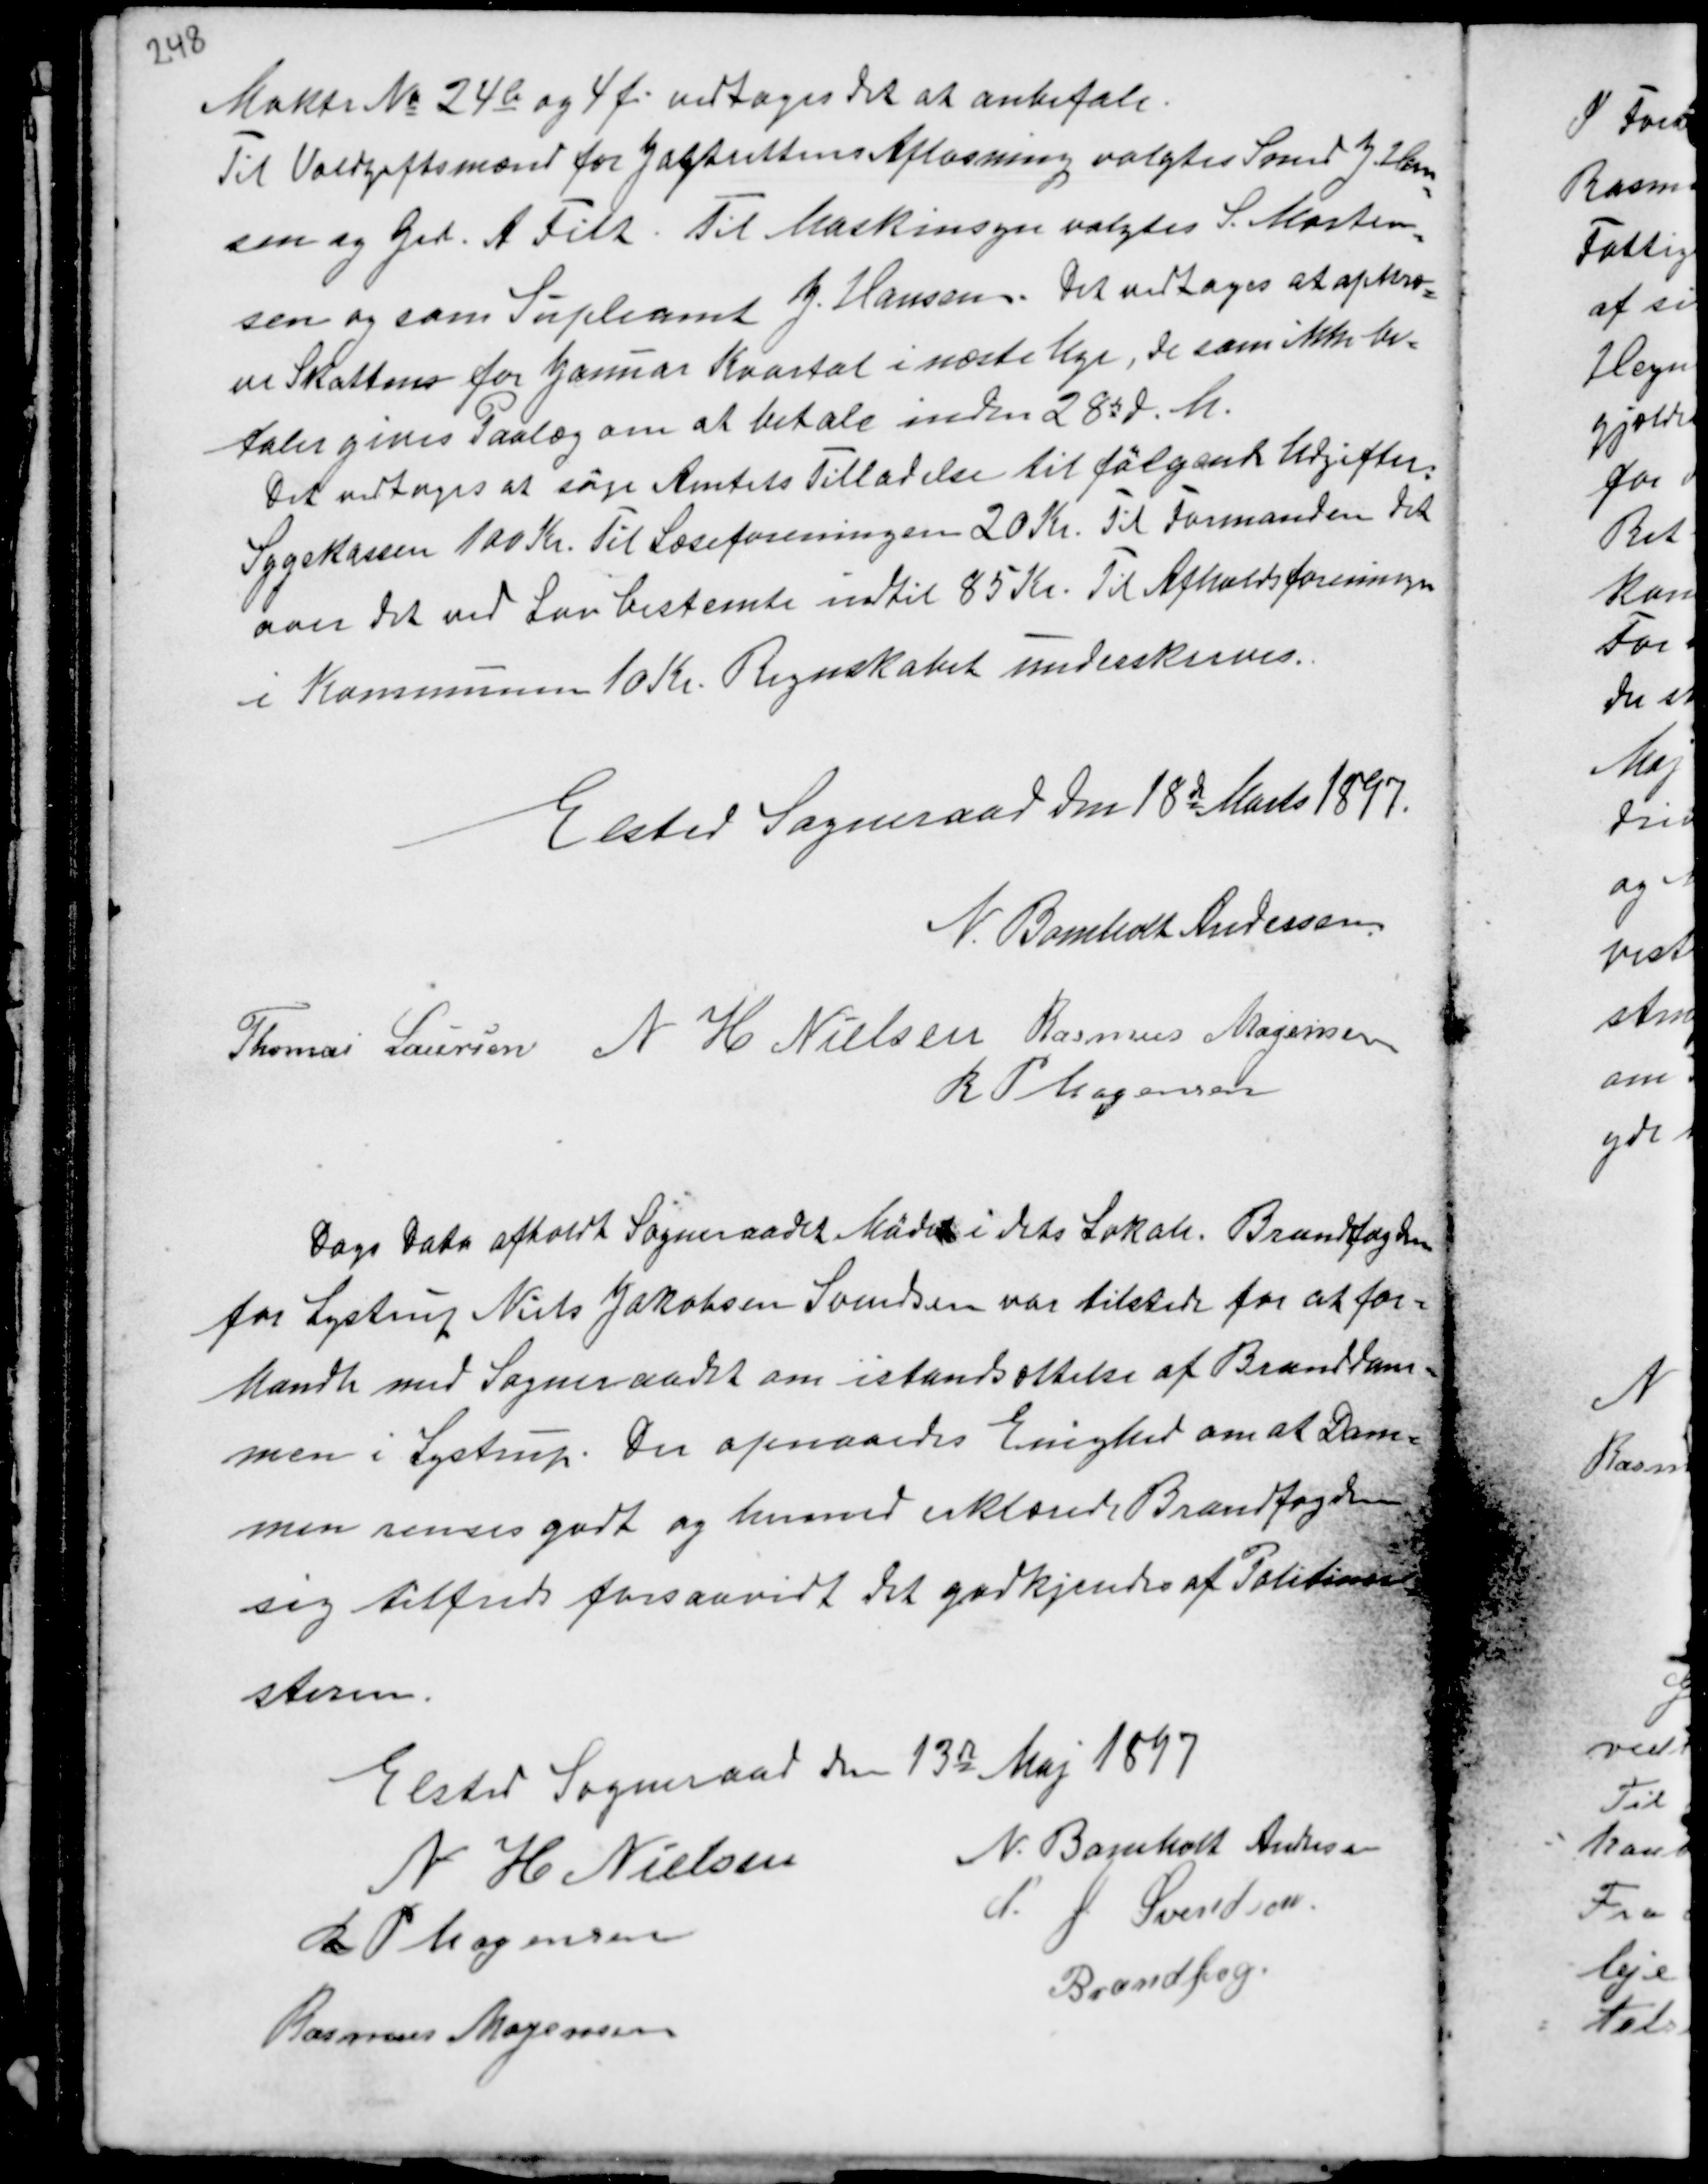
Transskription:
Maktr No 24b og 4f vedtoges det at anbefale.
Til Voldgiftsmand for Jagtrettens Aflastning valgtes Smed J. Han-
sen og Gdr. A Filt. Til Maskinsyn valgtes S. Morten-
sen og som Supleamt J. Hansen. Det vedtoges at opkræ-
ve Skatten for Januar Kvartal i næste Uge, de som ikke be-
taler gives Paalæg om at betale inden 28d d.M.
Det vedtoges at søge Amtets Tilladelse til følgende Udgifter.
Sygekassen 100 Kr. Til Læseforeningen 20 Kr. Til Formanden det
over det ved Lov bestemte indtil 85 Kr. Til Afholdsforeningen
i Kommunen 10 Kr. Regnskabet underskreves.

Elsted Sogneraad den 18de Marts 1897.
N. Bomholt Andersen
Thomas Laursen N H Nielsen Rasmus Mogensen
R P Mogensen

Dags Dato afholdt Sogneraadet Møde i dets Lokale. Brandfogden
for Lystrup Niels Jakobsen Svendsen var tilstede for at for-
handle med Sogneraadet om istandsættelse af Branddam-
men i Lystrup. Der opnaaedes Enighed om at Dam-
men renses godt og hermed Erklæredes Brandfogden
sig tilfreds forsaavidt det godkjendes af Politime-
steren.

Elsted Sogneraad den 13de Maj 1897
N H Nielsen
N. Bomholt Andersen
R P Mogensen
Rasmus Mogensen
P. J. Svendsen
Brandfog.